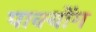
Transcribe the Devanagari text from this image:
पाक्योंग